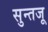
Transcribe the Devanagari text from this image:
सुन्तजू